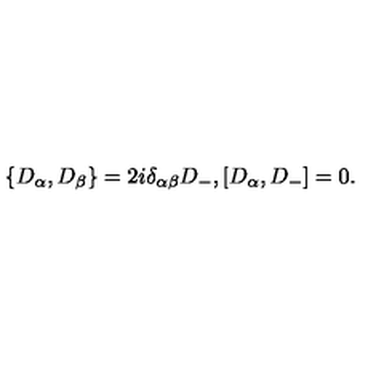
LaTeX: \{ D _ { \alpha } , D _ { \beta } \} = 2 i \delta _ { \alpha \beta } D _ { - } , [ D _ { \alpha } , D _ { - } ] = 0 .